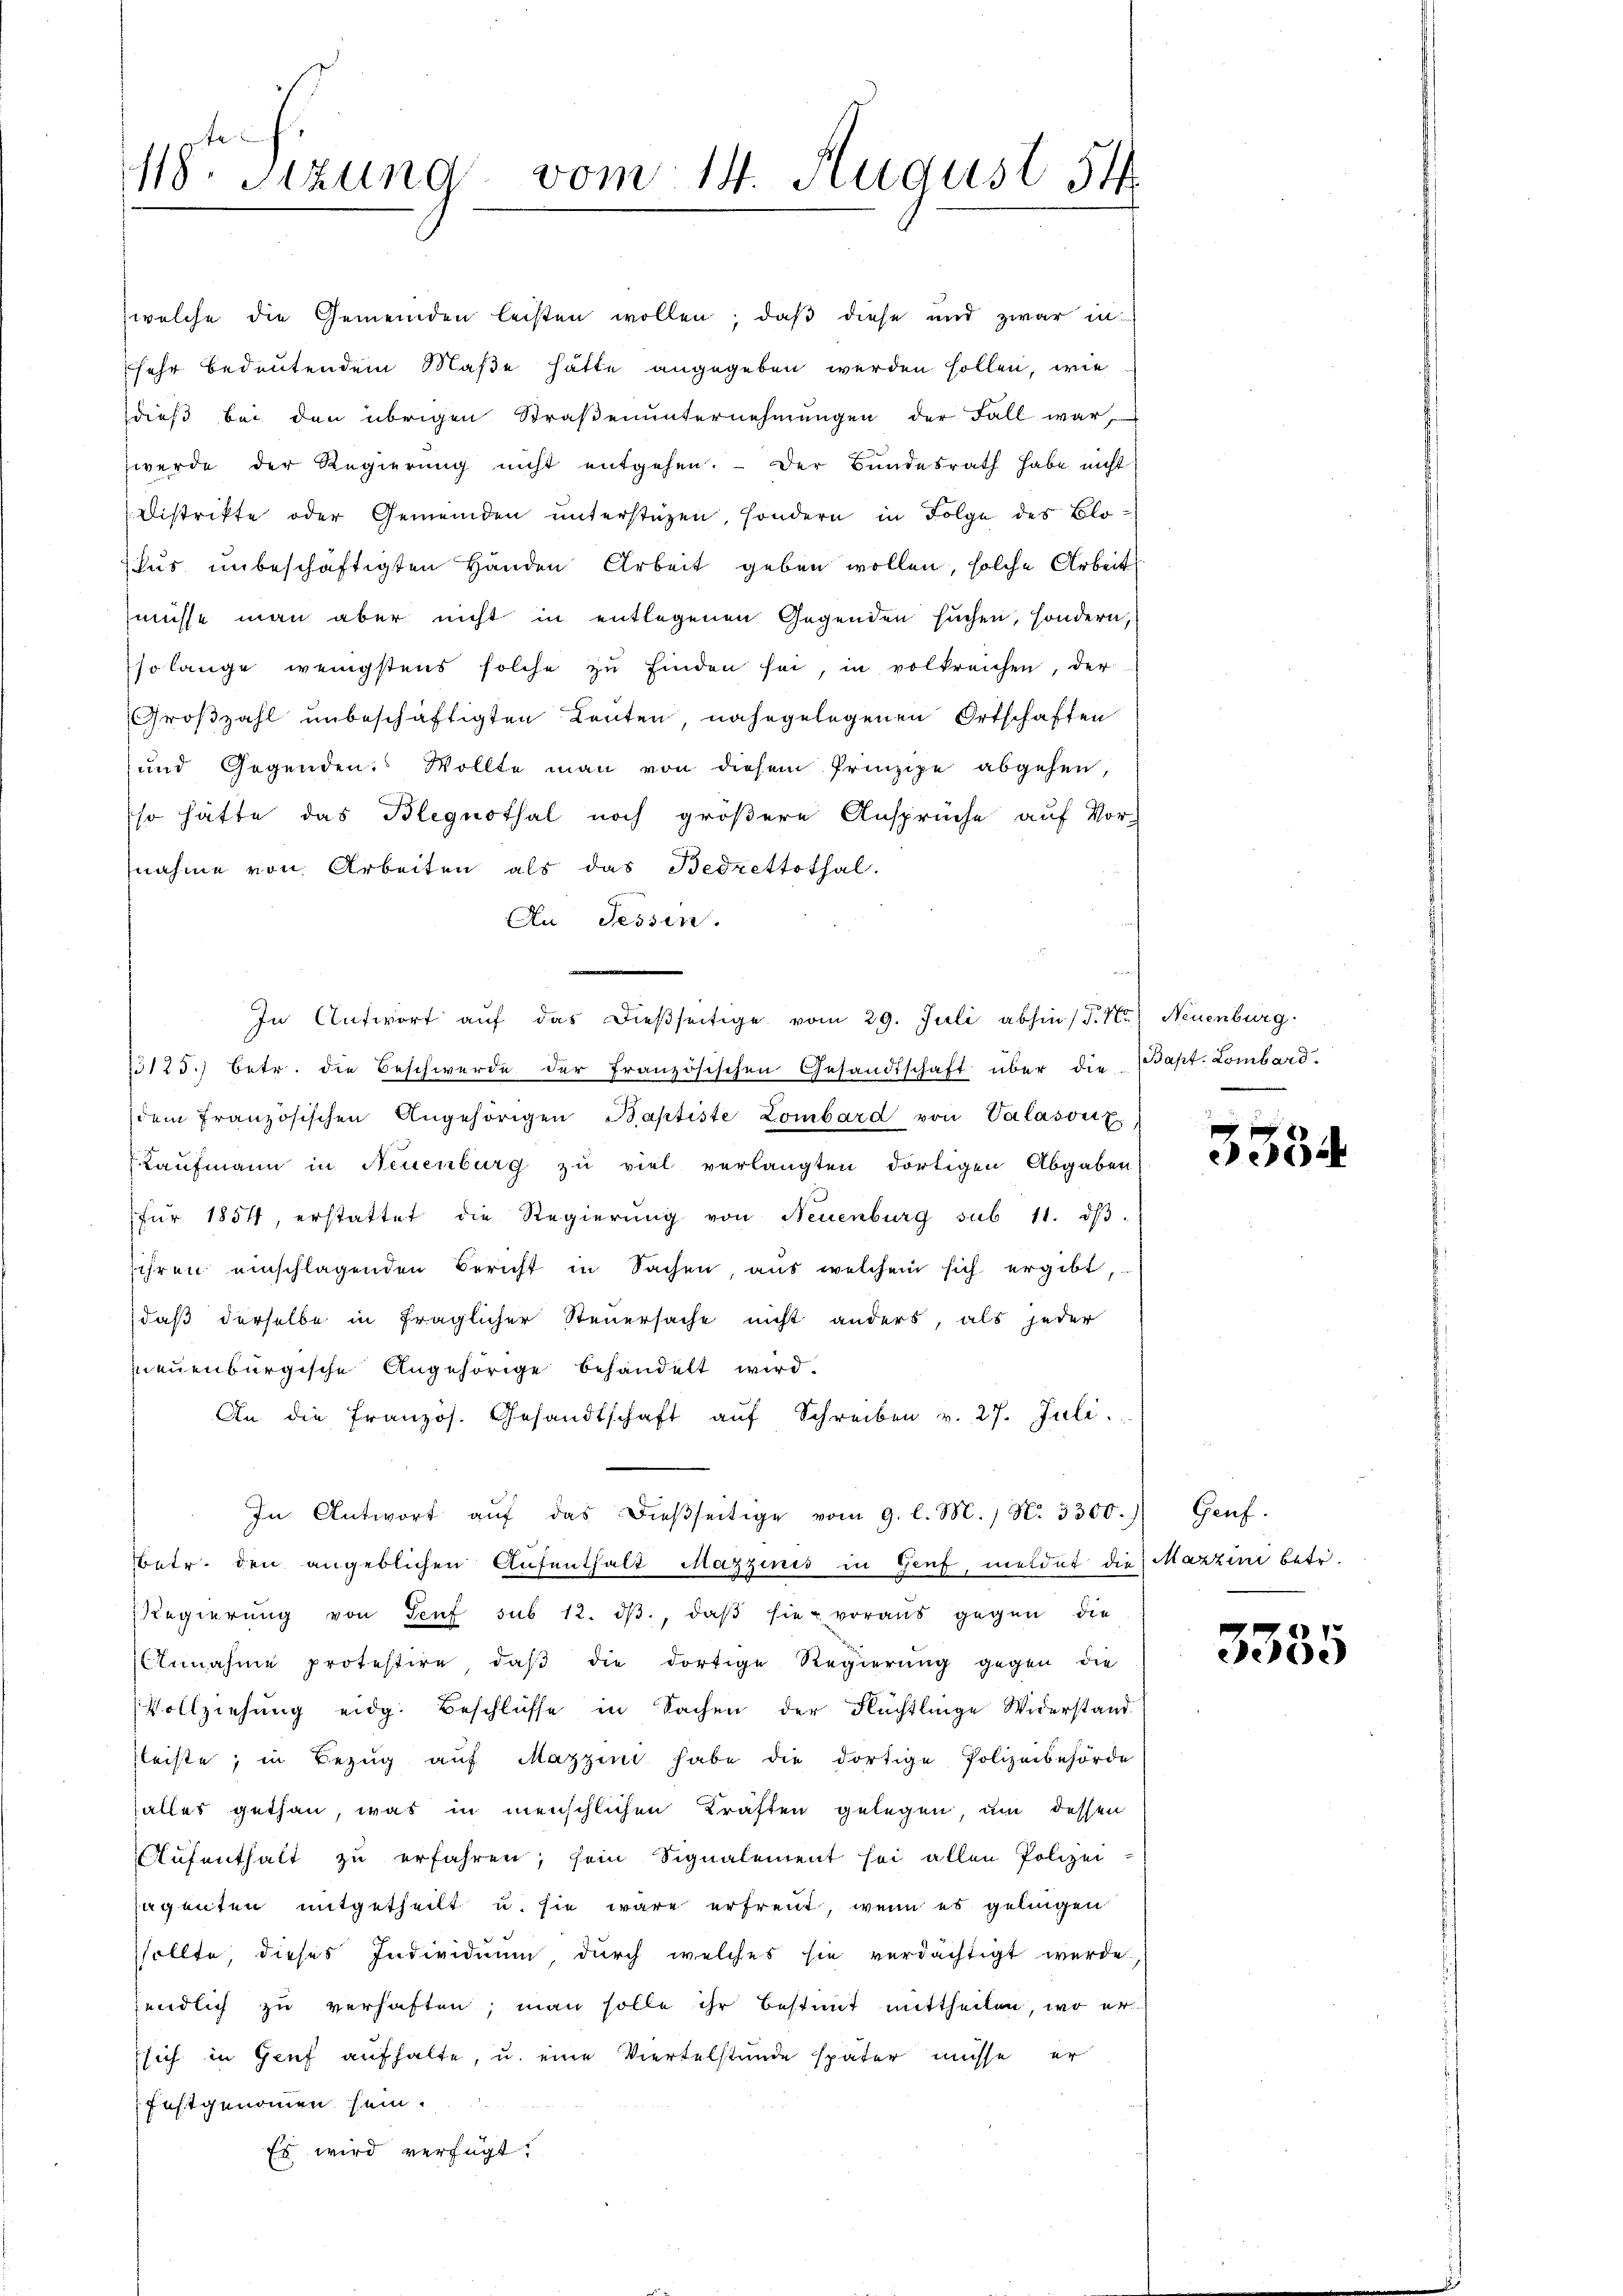
118. Sizung vom 14. August 54.

welche die Gemeinden leisten wollen; daß diese und zwar in
sehr bedeutendem Maße hätte angegeben werden sollen, wie
dieß bei den übrigen Straßenunternehmungen der Fall war,
werde der Regierung nicht entgehen. Der Bundesrath habe nicht
Distrikte oder Gemeinden unterstüzen, sondern in Folge des Blolus unbeschäftigten Händen Arbeit geben wollen, solche Arbeit
müsse man aber nicht in entlegenen Gegenden suchen, sondern,
so lange wenigstens solche zu finden sei, in volkreichen, der
Großzahl unbeschäftigten Leuten, nahegelegenen Ortschaften
und Gegenden. Wollte man von diesem Prinzipe abgehen,
so hätte das Bleguothal noch größere Ansprüche auf Vor-
nahme von Arbeiten als das Bedrettothal.
An Tessin.
In Antwort aŭf das dießseitige vom 29. Juli abhin (§. 1.) Neuenburg.
23125.) betr. die Beschwerde der Französischen Gesandtschaft über die Bapt. Lombard.
dem französischen Angehörigen Baptiste Lombard von Valasonz
Kaufmann in Neuenburg zu viel verlangten dortigen Abgaben
für 1854, erstattet die Regierŭng von Neuenburg sub 11. dβ.
sihren einschlagenden Bericht in Sachen, aus welchem sich ergibt,
daß derselbe in fraglicher Steuersache nicht anders, als jeder
neuenburgische Angehörige behandelt wird.
An die französ. Gesandtschaft aŭf Schreiben v. 27. Juli.
In Antwort aŭf das dieβseitige vom 9. l. M. / N. 3300.) Genf.
betr. den angeblichen Aufenthalt Mazzinis in Genf, meldet die Mazzini betr.
Regierŭng von Senf sub 12. dβ, daβ sie voraus gegen die
Annahme protestire, daβ die dortige Regierung gegen die
Vollziehung eidg. Beschlüsse in Sachen der Flüchtlinge Widerstand.
fleiste, in Bezug auf Mazzini habe die dortige Polizeibehörde
(alles gethan, was in menschlichen Kräften gelegen, um dessen
Aufenthalt zu erfahren, sein Signalement sei allen Polizei
jugenten mitgetheilt u. sie wäre erfreut, wenn es gelingen
sollte, dieses Individuum, durch welches sie verdächtigt werde.
endlich zu verhaften; man solle ihr bestimmt mittheilen, wo er
sich in Genf aufhalte, u. eine Viertelstande später müsse, er
festgenommen sein.
Es wird verfügt:

x
e

3335